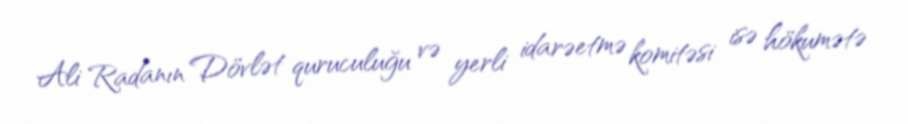
Ali Radanın Dövlət quruculuğu və yerli idarəetmə komitəsi isə hökumətə